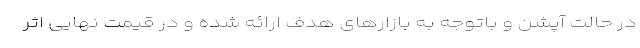
در حالت آپشن و باتوجه به بازارهای هدف ارائه شده و در قیمت نهایی اثر